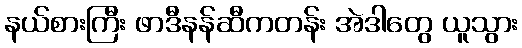
နယ်စားကြီး ဖာဒီနန်ဆီကတန်း အဲဒါတွေ ယူသွား